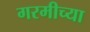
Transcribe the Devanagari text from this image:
गरमीच्या